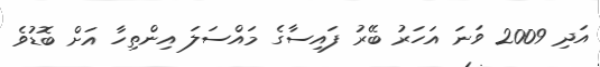
އަދި 2009 ވަނަ އަހަރު ބޭރު ފައިސާގެ މައްސަލަ އިންތިހާ އަށް ބޮޑުވެ